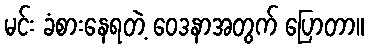
မင်း ခံစားနေရတဲ့ ဝေဒနာအတွက် ပြောတာ။